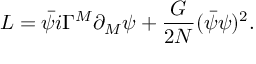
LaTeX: { \cal L } = \bar { \psi } i \Gamma ^ { M } \partial _ { M } \psi + \frac { G } { 2 N } ( \bar { \psi } \psi ) ^ { 2 } .